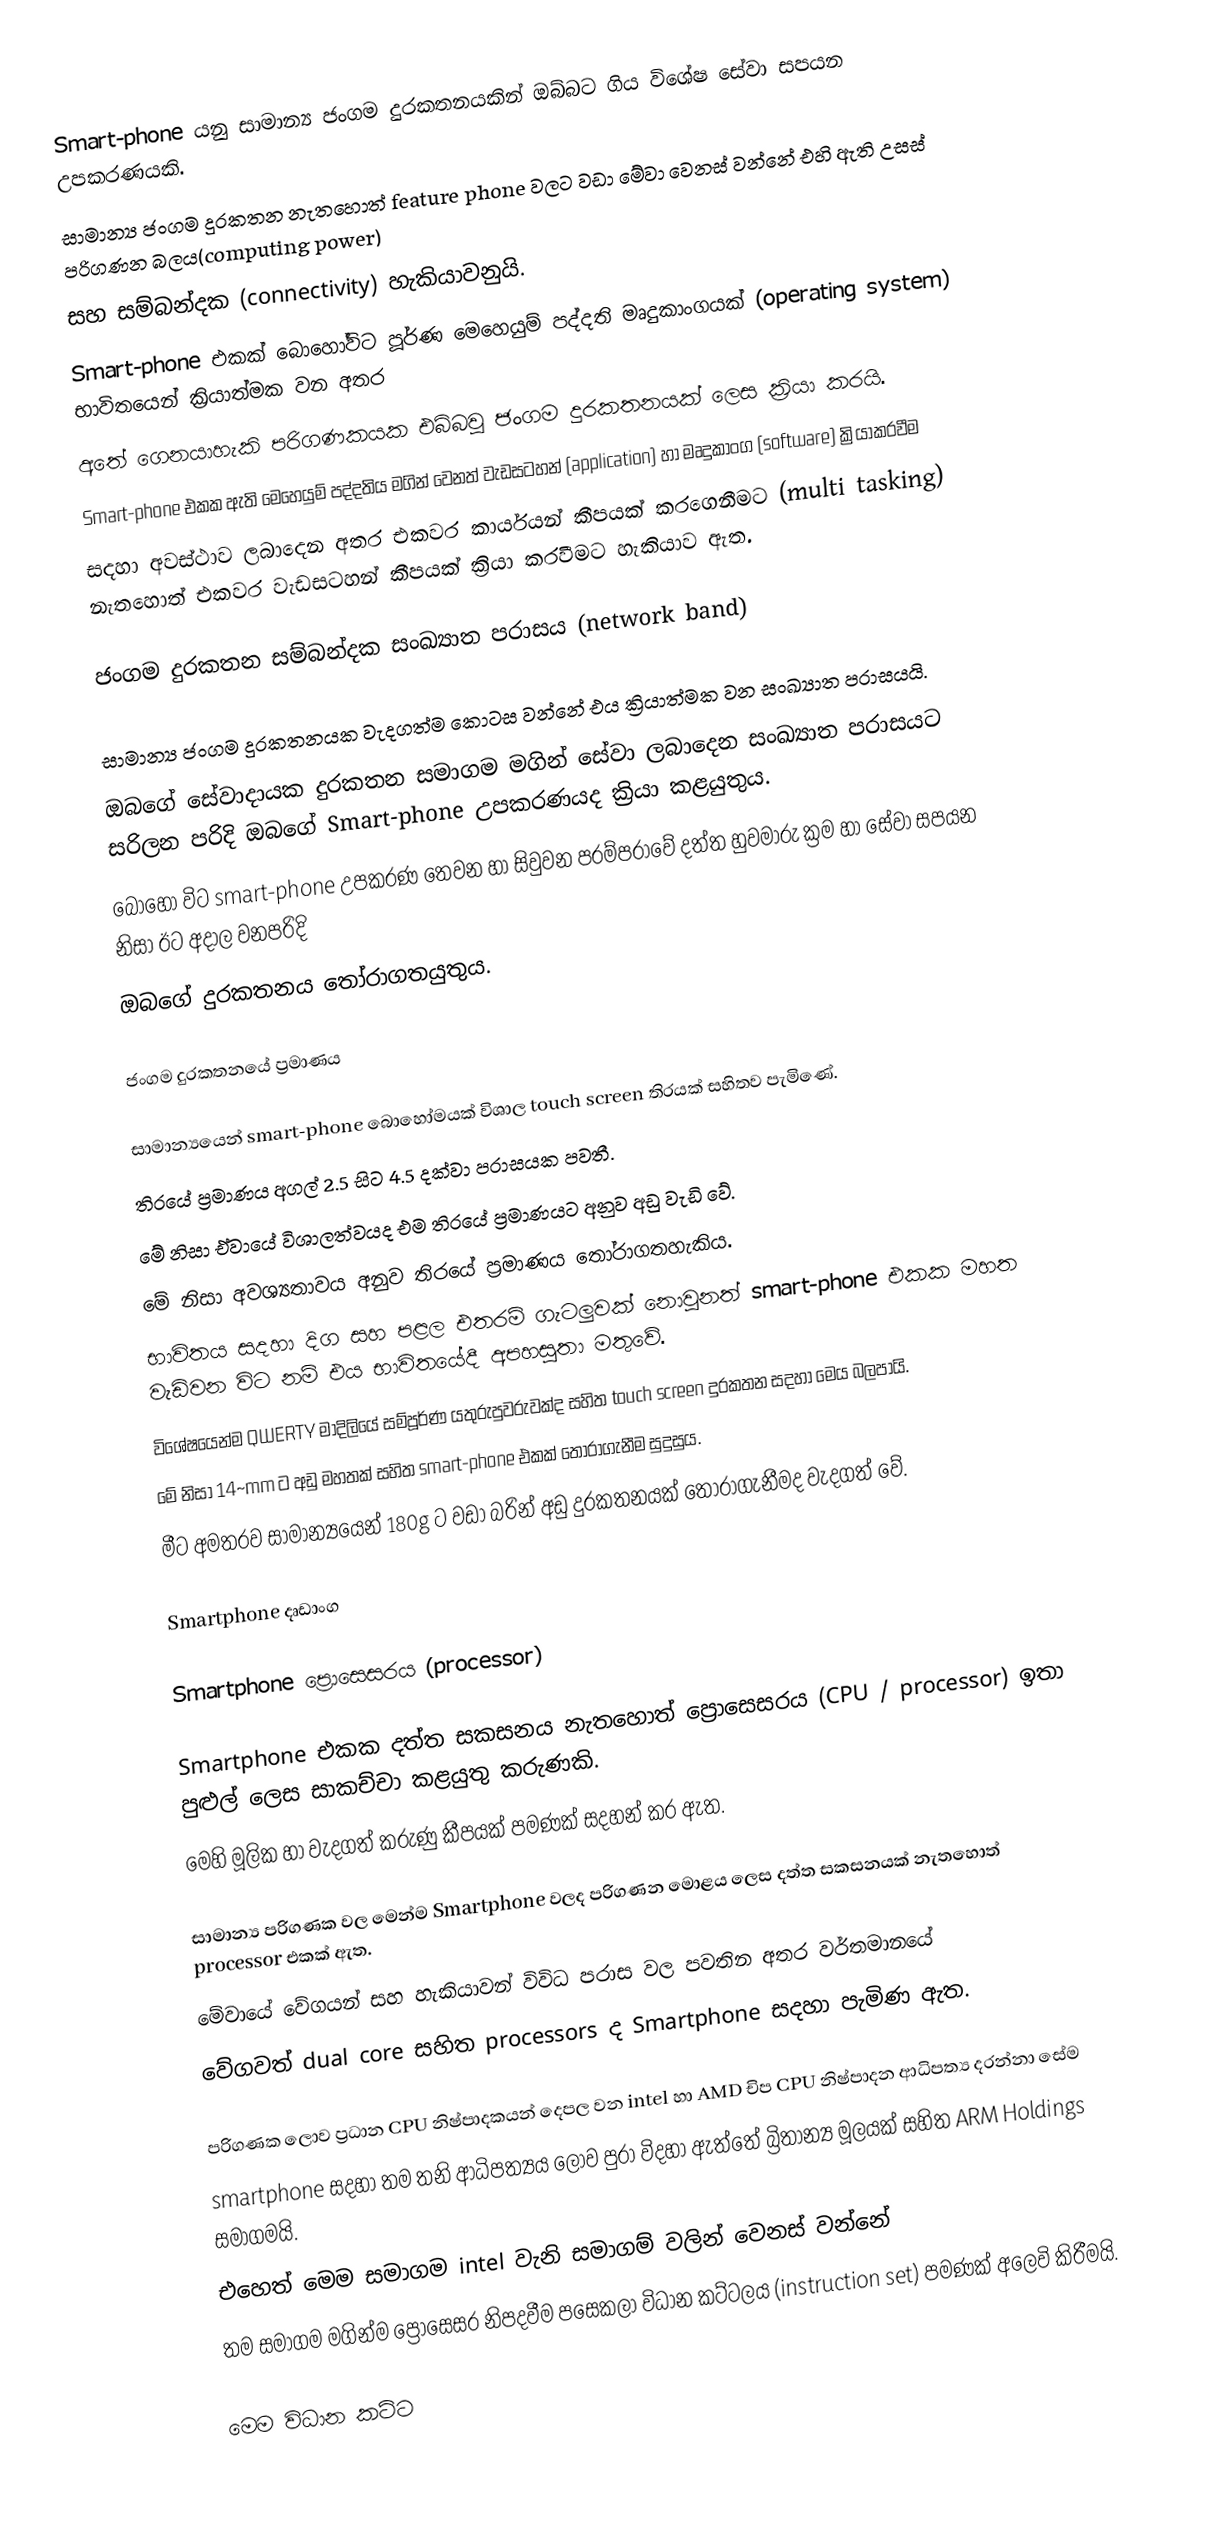
Smart-phone යනු සාමාන්‍ය ජංගම දුරකතනයකින් ඔබ්බට ගිය විශේෂ සේවා සපයන උපකරණයකි.
සාමාන්‍ය ජංගම දුරකතන නැතහොත් feature phone වලට වඩා මේවා වෙනස් වන්නේ එහි ඇති උසස් පරිගණන බලය(computing power)
සහ සම්බන්දක (connectivity) හැකියාවනුයි.
Smart-phone එකක් බොහෝවිට පූර්ණ මෙහෙයුම් පද්දති මෘදුකාංගයක් (operating system) භාවිතයෙන් ක්‍රියාත්මක වන අතර
අතේ ගෙනයාහැකි පරිගණකයක එබ්බවූ ජංගම දුරකතනයක් ලෙස ක්‍රියා කරයි.
Smart-phone එකක ඇති මෙහෙයුම් පද්දතිය මගින් වෙනත් වැඩසටහන් (application) හා මෘදුකාංග (software) ක්‍රියාකරවීම
සදහා අවස්ථාව ලබාදෙන අතර එකවර කාර්යයන් කීපයක් කරගෙනීමට (multi tasking) නැතහොත් එකවර වැඩසටහන් කීපයක් ක්‍රියා කරවීමට හැකියාව ඇත.

ජංගම දුරකතන සම්බන්දක සංඛ්‍යාත පරාසය (network band)

සාමාන්‍ය ජංගම දුරකතනයක වැදගත්ම කොටස වන්නේ එය ක්‍රියාත්මක වන සංඛ්‍යාත පරාසයයි.
ඔබගේ සේවාදායක දුරකතන සමාගම මගින් සේවා ලබාදෙන සං‍ඛ්‍යාත පරාසයට සරිලන පරිදි ඔබගේ Smart-phone උපකරණයද ක්‍රියා කළයුතුය.
බොහෝ විට smart-phone උපකරණ තෙවන හා සිවුවන පරම්පරාවේ දත්ත හුවමාරු ක්‍රම හා සේවා සපයන නිසා ඊට අදාල වනපරිදි
ඔබගේ දුරකතනය තෝරාගතයුතුය.

ජංගම දුරකතනයේ ප්‍රමාණය

සාමාන්‍යයෙන් smart-phone බොහෝමයක් විශාල touch screen තිරයක් සහිතව පැමිණේ.
තිරයේ ප්‍රමාණය අගල් 2.5 සිට 4.5 දක්වා පරාසයක පවතී.
මේ නිසා ඒවායේ විශාලත්වයද එම තිරයේ ප්‍රමාණයට අනුව අඩු වැඩි වේ.
මේ නිසා අවශ්‍යතාවය අනුව තිරයේ ප්‍රමාණය තෝරාගතහැකිය.
භාවිතය සදහා දිග සහ පළල එතරම් ගැටලුවක් නොවුනත් smart-phone එකක මහත වැඩිවන විට නම් එය භාවිතයේදී අපහසුතා මතුවේ.
විශේෂයෙන්ම QWERTY මාදිලියේ සම්පූර්ණ යතුරුපුවරුවක්ද සහිත touch screen දුරකතන සදහා මෙය බලපායි.
මේ නිසා 14~mm ට අඩු මහතක් සහිත smart-phone එකක් තෝරාගැනීම සුදුසුය.
මීට අමතරව සාමාන්‍යයෙන් 180g ට වඩා බරින් අඩු දුරකතනයක් තෝරාගැනීමද වැදගත් වේ.

Smartphone දෘඩාංග

Smartphone ප්‍රොසෙසරය (processor)

Smartphone එකක දත්ත සකසනය නැතහොත් ප්‍රොසෙසරය (CPU / processor) ඉතා පුළුල් ලෙස සාකච්චා කළයුතු කරුණකි.
මෙහි මූලික හා වැදගත් කරුණු කීපයක් පමණක් සදහන් කර ඇත.

සාමාන්‍ය පරිගණක වල මෙන්ම Smartphone වලද පරිගණන මොළය ලෙස දත්ත සකසනයක් නැතහොත් processor එකක් ඇත.
මේවායේ වේගයන් සහ හැකියාවන් විවිධ පරාස වල පවතින අතර වර්තමානයේ
වේගවත් dual core සහිත processors ද Smartphone සදහා පැමිණ ඇත.

පරිගණක ලොව ප්‍රධාන CPU නිෂ්පාදකයන් දෙපල වන intel හා AMD චිප CPU නිෂ්පාදන ආධිපත්‍ය දරන්නා සේම
smartphone සදහා තම තනි ආධිපත්‍යය ලොව පුරා විදහා ඇත්තේ බ්‍රිතාන්‍ය මූලයක් සහිත ARM Holdings සමාගමයි.
එහෙත් මෙම සමාගම intel වැනි සමාගම් වලින් වෙනස් වන්නේ
තම සමාගම මගින්ම ප්‍රොසෙසර නිපදවීම පසෙකලා විධාන කට්ටලය (instruction set) පමණක් අලෙවි කිරීමයි.

මෙම විධාන කට්ට